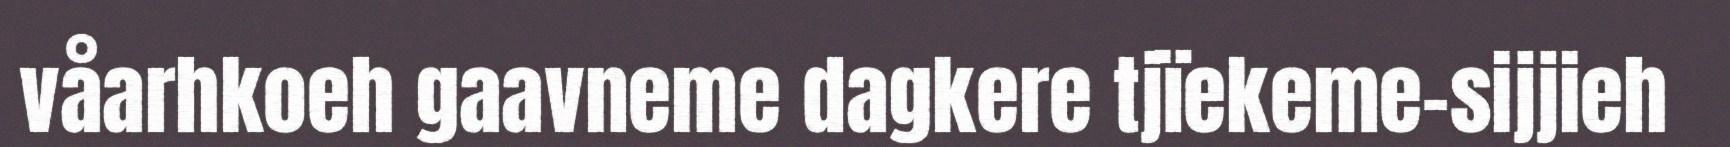
våarhkoeh gaavneme dagkere tjïekeme-sijjieh